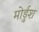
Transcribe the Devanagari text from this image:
मोर्डुश